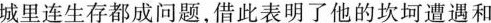
城里连生存都成问题，借此表明了他的坎坷遭遇和